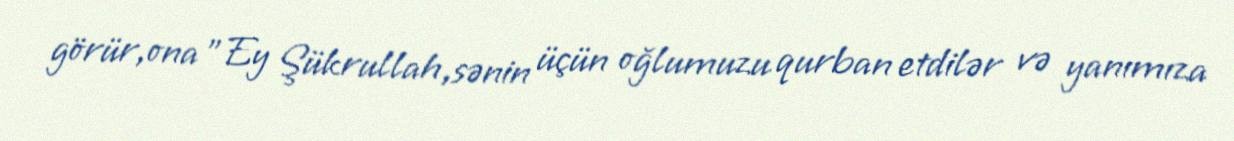
görür,ona "Ey Şükrullah,sənin üçün oğlumuzu qurban etdilər və yanımıza